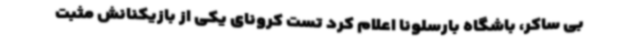
بی ساکر، باشگاه بارسلونا اعلام کرد تست کرونای یکی از بازیکنانش مثبت